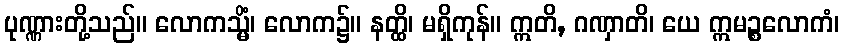
ပုဏ္ဏားတို့သည်။ လောကသ္မိံ၊ လောက၌။ နတ္ထိ၊ မရှိကုန်။ ဣတိ, ဂဏှာတိ၊ ယေ ဣမဉ္စလောကံ၊